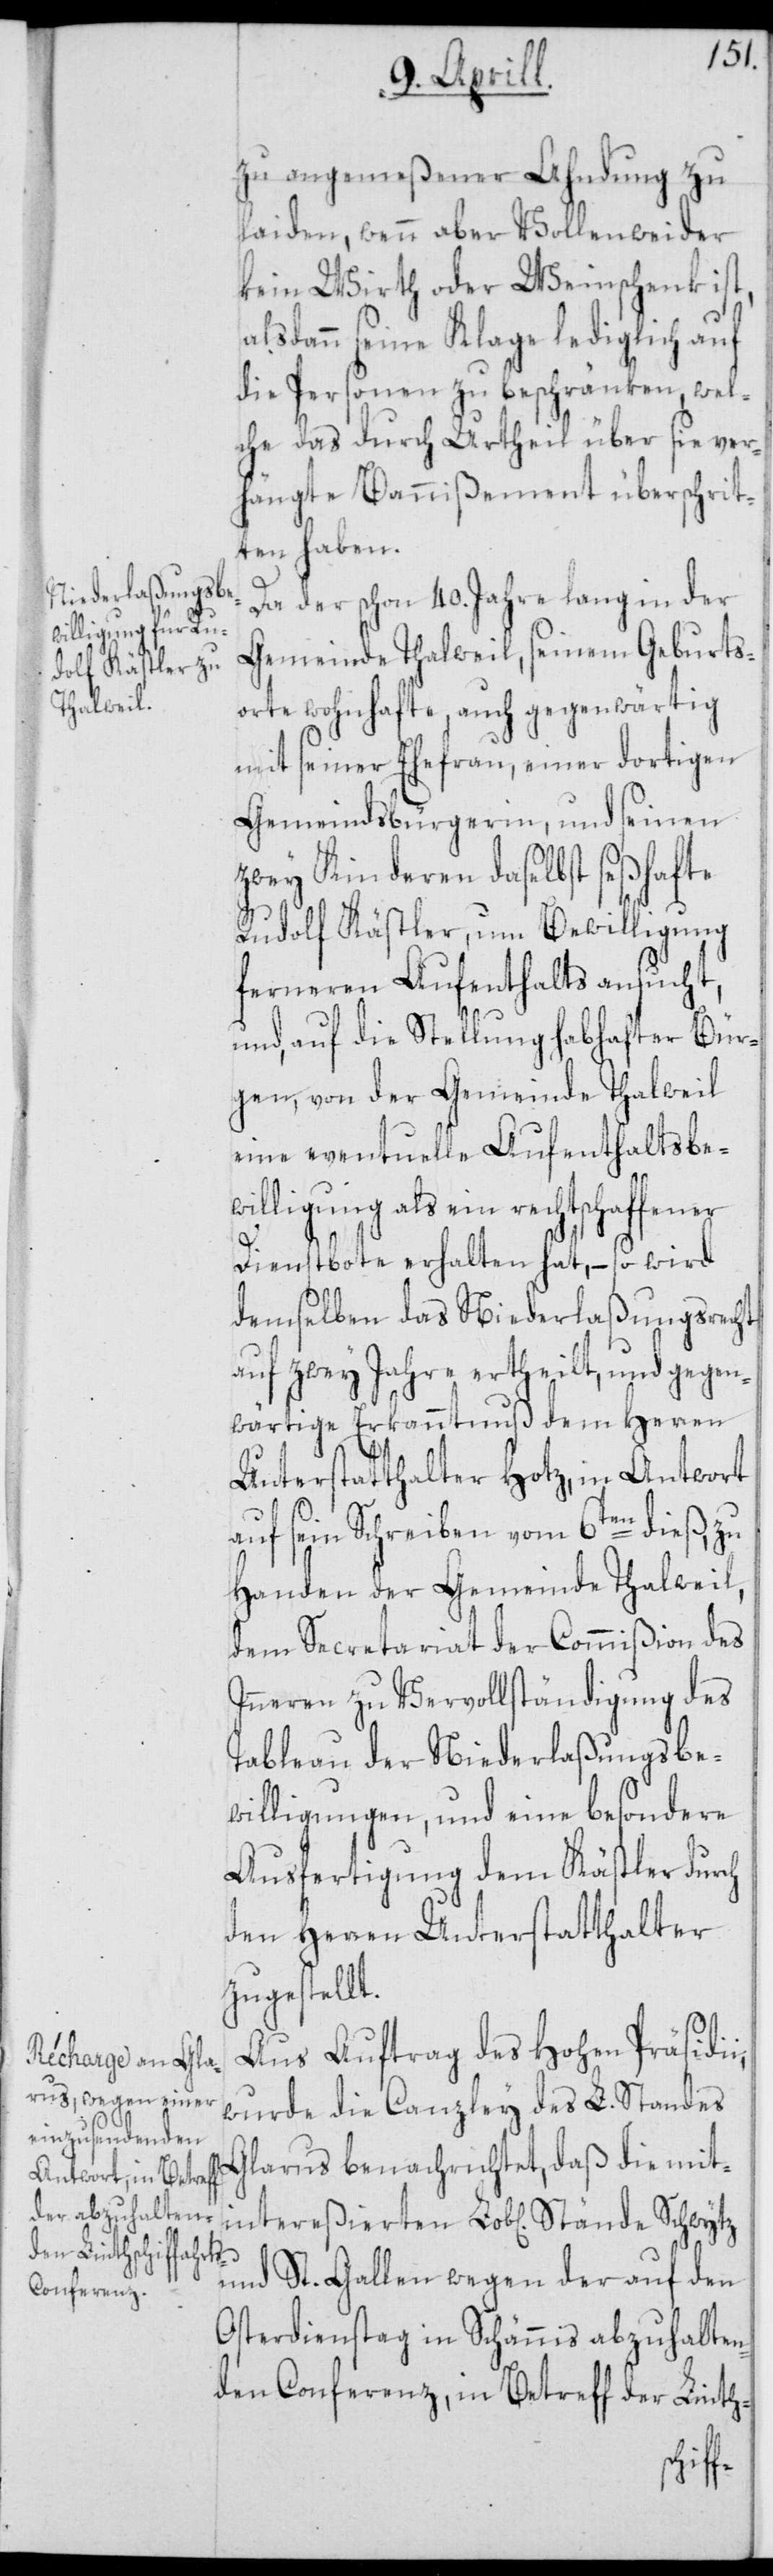
intereßierten

zu angemeßener Ahndung zu
laiden, wenn aber Vollenweider
kein Wirth oder Weinschenk ist,
alsdann seine Klage lediglich auf
die Personen zu beschränken, wel¬
che das durch Urtheil über sie ver¬
hängte Bannißement überschrit¬
ten haben.
Da der schon 40. Jahre lang in der
Gemeinde Thalweil, seinem Geburts¬
orte wohnhafte, auch gegenwärtig
mit seiner Ehefrau, einer dortigen
Gemeindsbürgerin, und seinen
zwey Kinderen daselbst seßhafte
Rudolf Kästler, um Bewilligung
ferneren Aufenthalts ansucht,
und, auf die Stellung habhafter Bür¬
gen, von der Gemeinde Thalweil
eine eventuelle Aufenthaltsbe¬
willigung als ein rechtschaffener
Dienstbote erhalten hat, – so wird
demselben das Niederlaßungsrecht
auf zwey Jahre ertheilt, und gegen¬
wärtige Erkanntnuß dem Herren
Unterstatthalter Hotz, in Antwort
auf sein Schreiben vom 6ten dieß, zu
Handen der Gemeinde Thalweil,
dem Secretariat der Commißion des
Inneren zu Vervollständigung des
Tableau der Niederlaßungsbe¬
willigungen, und eine besondere
Ausfertigung dem Kästler durch
den Herren Unterstatthalter
zugestellt.
Aus Auftrag des Hohen Präsidi¬
wurde die Canzley des L. Standes
Glarus benachrichtet, daß die mit¬
und St. Gallen wegen der auf den
Osterdienstag in Schännis abzuhalten¬
den Conferenz, in Betreff der Linth-
i,